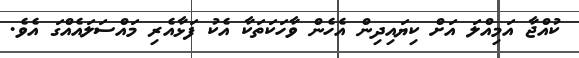
ކުއްޖާ އަމިއްލަ އަށް ކިޔައިދިން އެހެން ވާހަކަތަކާ އެކު ފަޅާއެރި މައްސަލައެއްގަ އެވެ.